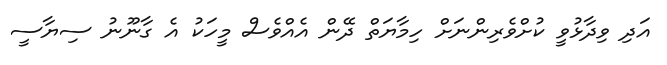
އަދި ވިދާޅުވީ ކުށްވެރިންނަށް ހިމާޔަތް ދޭން އެއްވެސް މީހަކު އެ ގާނޫނު ސިޔާސީ